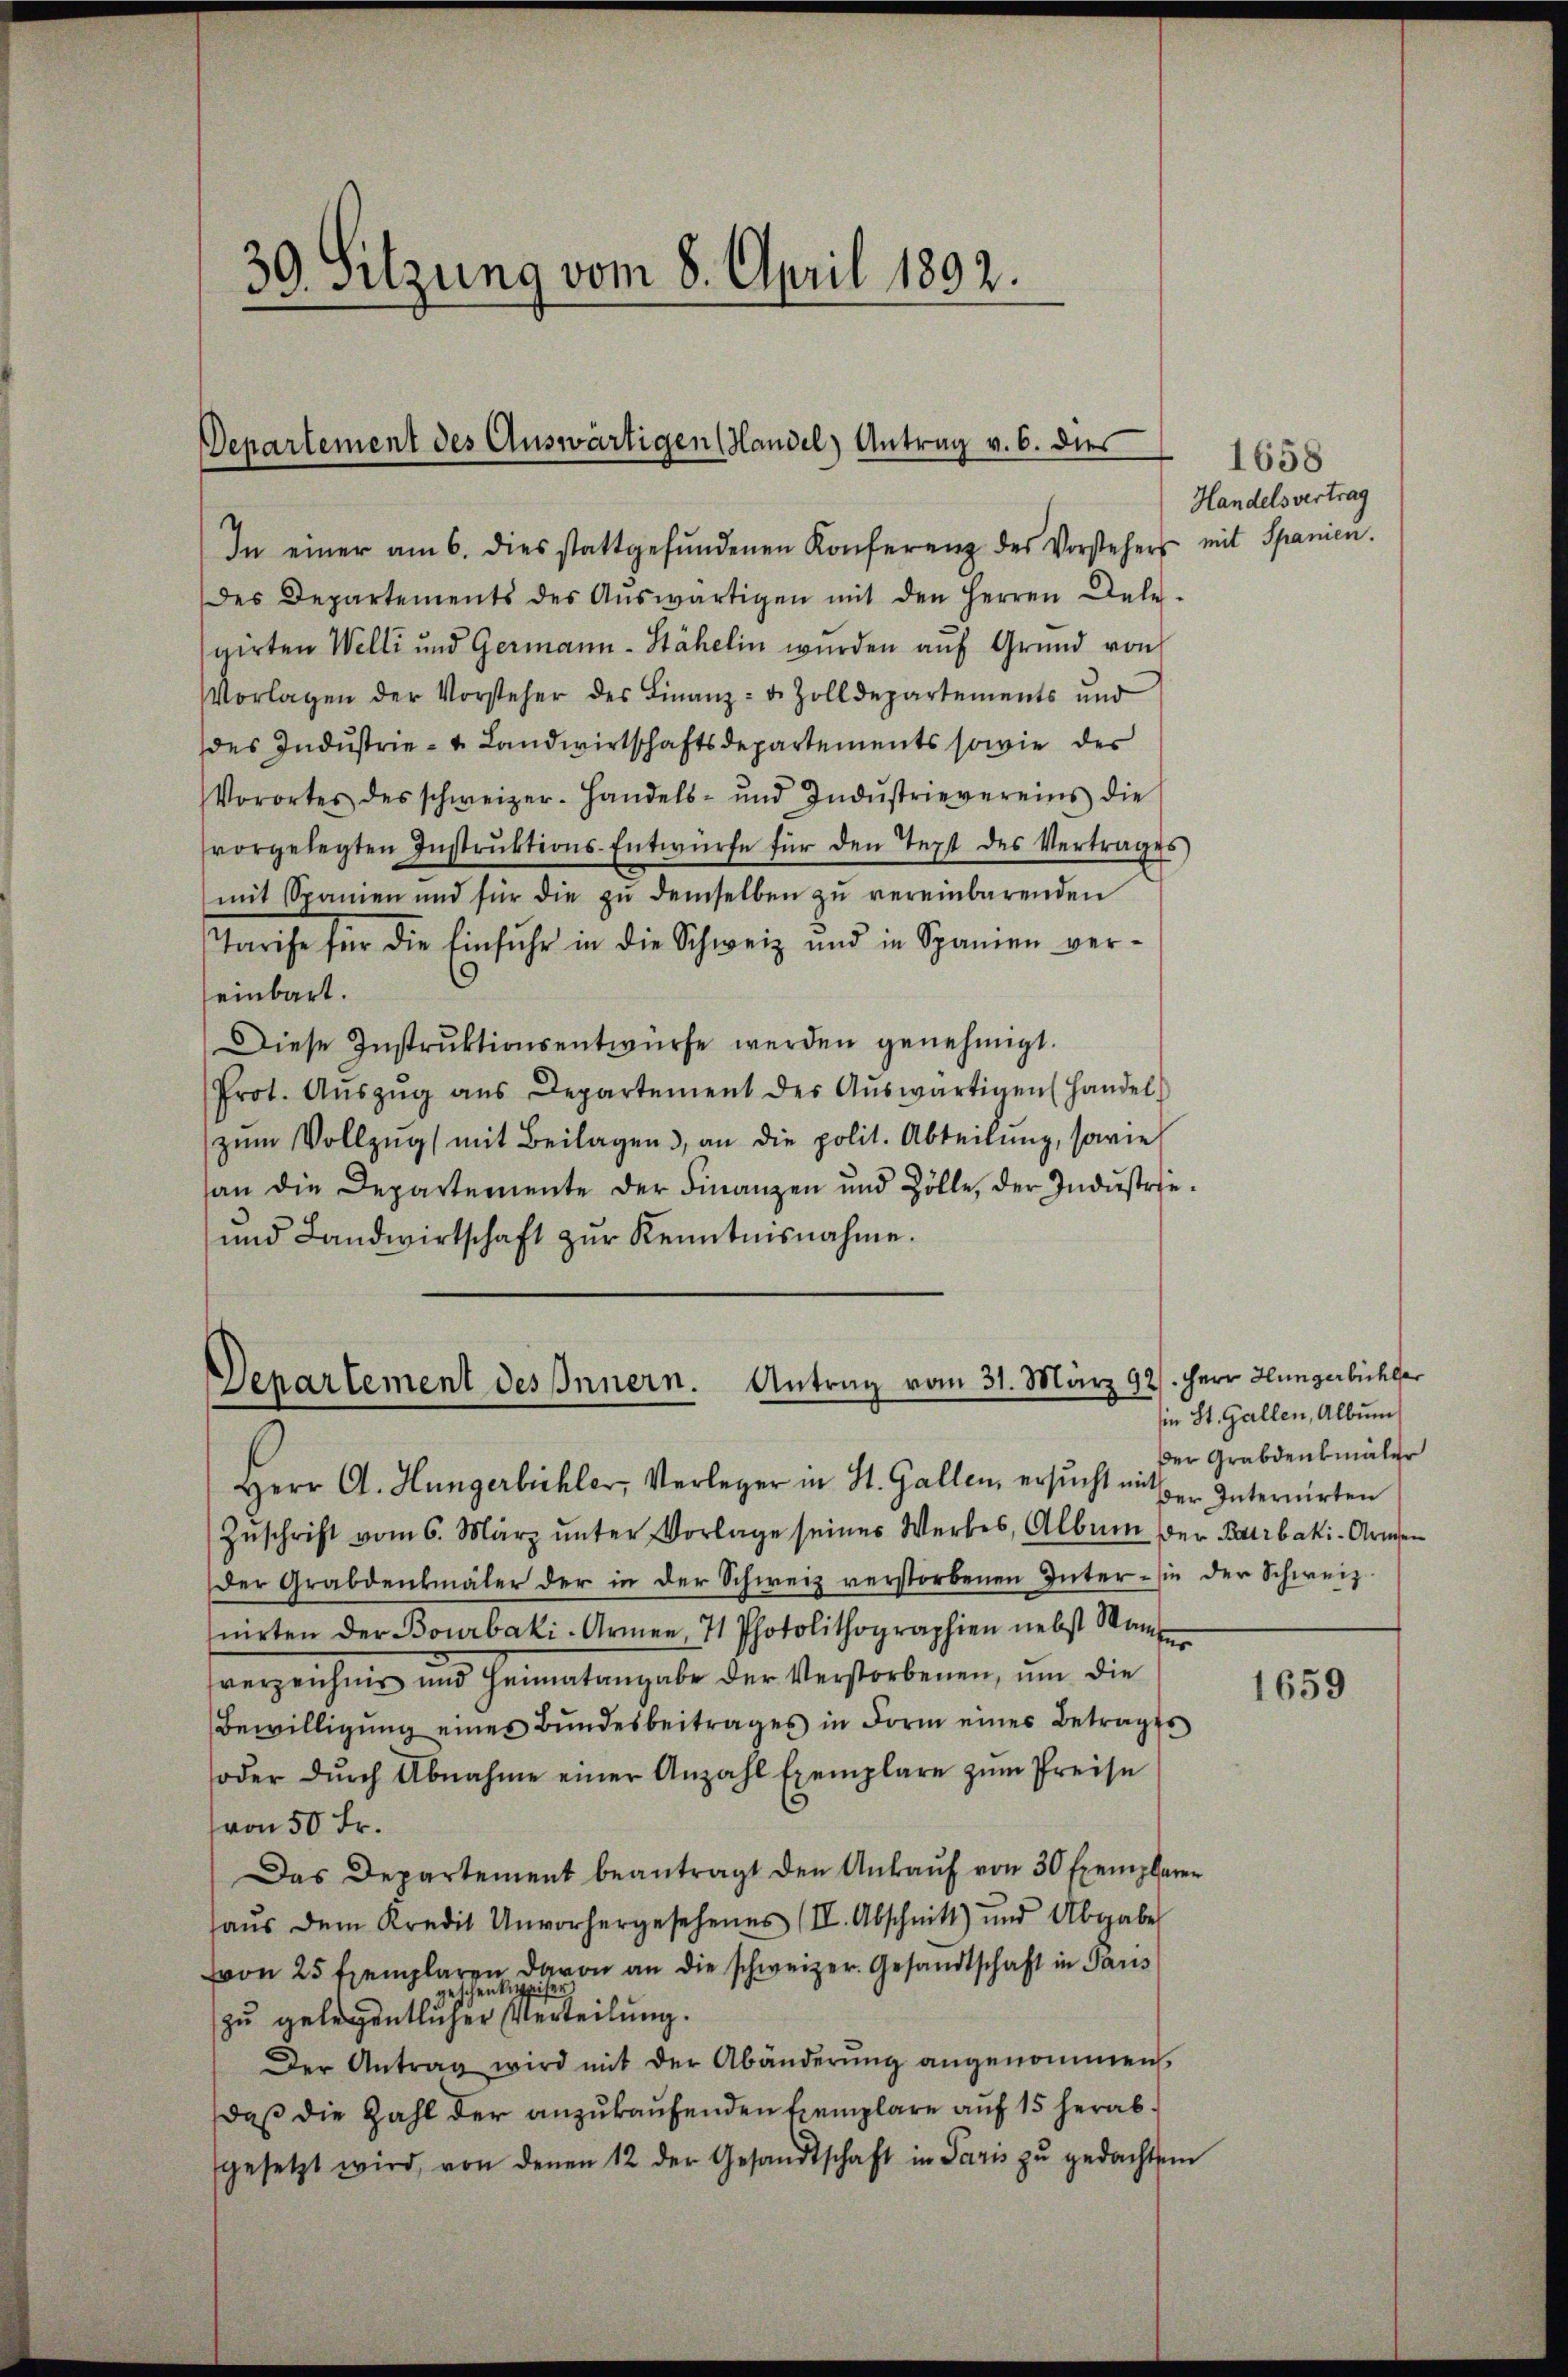
39. Sitzung vom 8. April 1892.

Departement des Auswärtigen (Handel Antrag v. 6. dies

In einer am 6. dies stattgefŭndenen Konferenz des Vorstehers
des Departements des Aŭswärtigen mit den Herren Dele-
girten Welti und Germann-Stähelin wurden auf Grund von
Vorlagen der Vorsteher des Finanz- u. Zolldepartements und
des Industrie- & Landwirtschaftsdepartements sowie der
Vorortes des schweizer. Handels- und Indŭstrievereins die
vorgelegten Instrŭktions-Entwürfe für den Text des Vertrages
mit Spanien und für die zŭ demselben zŭ vereinbarenden
Tarife für die Einfuhr in die Schweiz und in Spanien ver-
0
einbart.
Diese Instrŭktionsentwürfe werden genehmigt.
Prot. Aŭszŭg ans Departement des Aŭswärtigen (Handel
zŭm Vollzug (mit Beilagen, an die polit. Abteilung, sowie
an die Departemente der Finanzen und Zölle, der Indŭstrie¬
und Landwirtschaft zŭr Kenntnisnahme.

Departement des Innern. Antrag vom 31. März 92. Herr Hungerbüchler

Herr A. Hungerlichler, Verleger in St. Gallen ersucht mit der Internirten
Zŭschrift vom 6. März ŭnter Vorlage seiner Werbes, Album der Barbaki-Armen
Der Grabdenkmäler der in der Schweiz verstorbenen Inter- sie der Schweiz.
nirten der Bourbaki-Armee 71 Photolithographien nebst Man
verzeichnis und Heimatangabe der Verstorbenen, um die
Bewilligŭng eines Bŭndesbeitrages in Form eines Betrages
oder dŭrch Abnahme einer Anzahl Exemplare zŭm Preise
(von 50 Fr.
Das Departement beantragt den Ankaŭf von 30 Exemplaren
haŭs dem Kredit Unvorhergesehenes (II. Abschnitt und Abgabe
von 25 Exemplaren davon an die schweizer. Gesandtschaft in Paris
zu gelegentlicher le teilung.
Der Antrag wird mit der Abänderŭng angenommen
daß die Zahl der anzukaufenden Exemplare auf 15 herabgesetzt wird, von denen 12 der Gesandtschaft in Paris zŭ gedachten

1658
Handelsvertrag
mit Spanien.

in St. Gallen, Album
Der Grabdenkmäler

1659